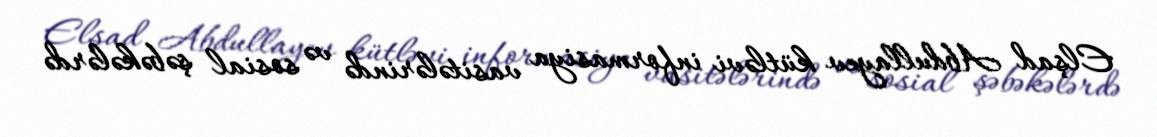
Elşad Abdullayev kütləvi informasiya vasitələrində və sosial şəbəkələrdə